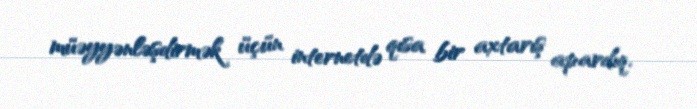
müəyyənləşdirmək üçün internetdə qısa bir axtarış apardıq.